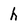
Character: h